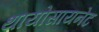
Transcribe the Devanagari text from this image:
थायोसायनेट